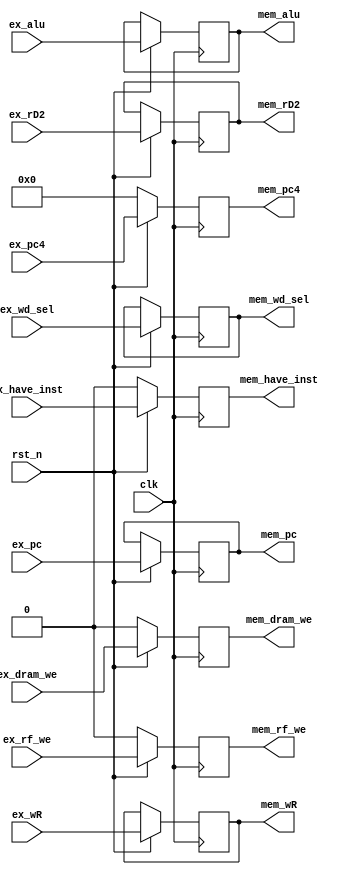
//`timescale 1ns / 1ps
//////////////////////////////////////////////////////////////////////////////////
// Company: 
// Engineer: 
// 
// Design Name: 
// Module Name: ex_mem_reg
// Project Name: 
// Target Devices: 
// Tool Versions: 
// Description: 
// 
// Dependencies: 
// 
// Revision:
// Revision 0.01 - File Created
// Additional Comments:
// 
//////////////////////////////////////////////////////////////////////////////////


module ex_mem_reg(
    input   clk,
    input   rst_n,
    input   [31:0]  ex_alu,
    input   ex_rf_we,
    input   [1:0]   ex_wd_sel,
    input   ex_dram_we,
    input   [31:0]  ex_pc4,
    input   [4:0]   ex_wR,
    input   [31:0]  ex_rD2,
    input   [31:0]  ex_pc,
    input   ex_have_inst,
    output  reg [31:0]  mem_alu,
    output  reg mem_rf_we,
    output  reg [1:0]   mem_wd_sel,
    output  reg mem_dram_we,
    output  reg [31:0]  mem_pc4,
    output  reg [4:0]   mem_wR,
    output  reg [31:0]  mem_rD2,
    output  reg [31:0]  mem_pc,
    output  reg mem_have_inst
    );
    
wire ram_clk;
assign ram_clk = !clk;
    
always @ (posedge ram_clk) begin
    if(rst_n=='b0) begin
        mem_rf_we<='b0;
        mem_dram_we<='b0;
        mem_pc4<='b0;
        mem_have_inst<='b0;
    end
    else begin
        mem_alu<=ex_alu;
        mem_rf_we<=ex_rf_we;
        mem_wd_sel<=ex_wd_sel;
        mem_dram_we<=ex_dram_we;
        mem_pc4<=ex_pc4;
        mem_wR<=ex_wR;
        mem_rD2<=ex_rD2;
        mem_have_inst<=ex_have_inst;
        mem_pc<=ex_pc;
    end
end

endmodule